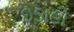
ઇડાહો